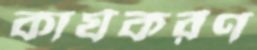
কার্যকরণ